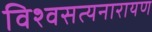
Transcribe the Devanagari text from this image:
विश्वसत्यनारायण